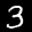
Label: 3